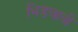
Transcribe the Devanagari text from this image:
भिडवावी